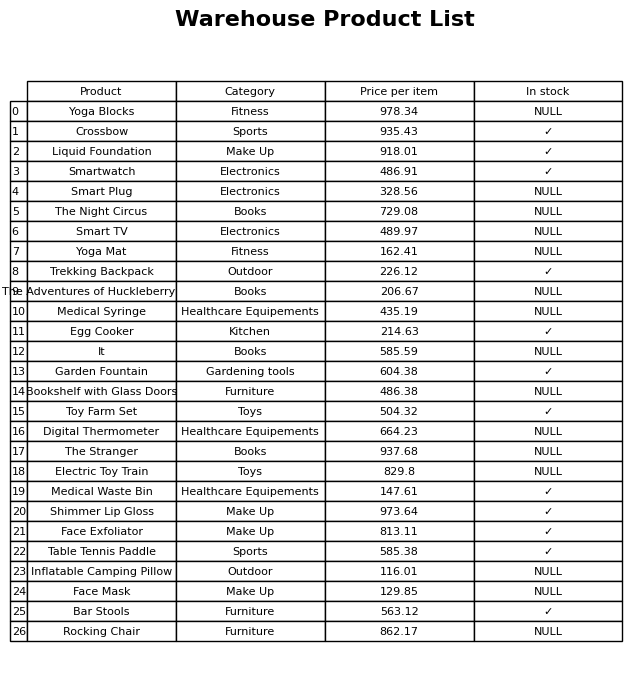
question: Which products are currently out of stock?
answer: Yoga Blocks, Smart Plug, The Night Circus, Smart TV, Yoga Mat, The Adventures of Huckleberry Finn, Medical Syringe, It, Bookshelf with Glass Doors, Digital Thermometer, The Stranger, Electric Toy Train, Inflatable Camping Pillow, Face Mask, Rocking Chair